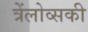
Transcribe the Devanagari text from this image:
त्रेंलोव्सकी